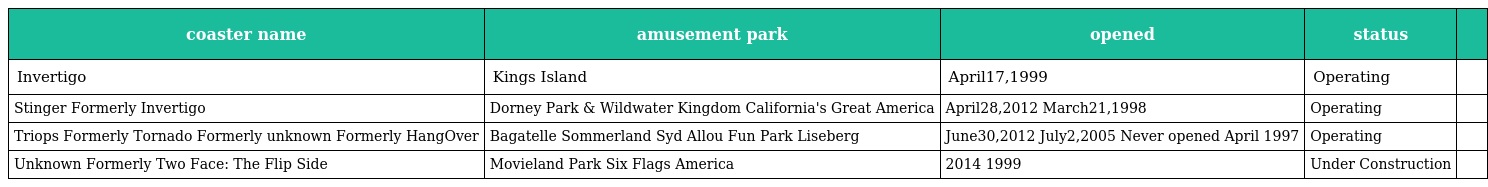
| coaster name | amusement park | opened | status |  |
 | --- | --- | --- | --- | --- |
 | Invertigo | Kings Island | April17,1999 | Operating |  |
 | Stinger Formerly Invertigo | Dorney Park & Wildwater Kingdom California's Great America | April28,2012 March21,1998 | Operating |  |
 | Triops Formerly Tornado Formerly unknown Formerly HangOver | Bagatelle Sommerland Syd Allou Fun Park Liseberg | June30,2012 July2,2005 Never opened April 1997 | Operating |  |
 | Unknown Formerly Two Face: The Flip Side | Movieland Park Six Flags America | 2014 1999 | Under Construction |  |